Civil Veterinary Dept. Bombay admin report 1932-41 - 1932-1941
Year: 1932
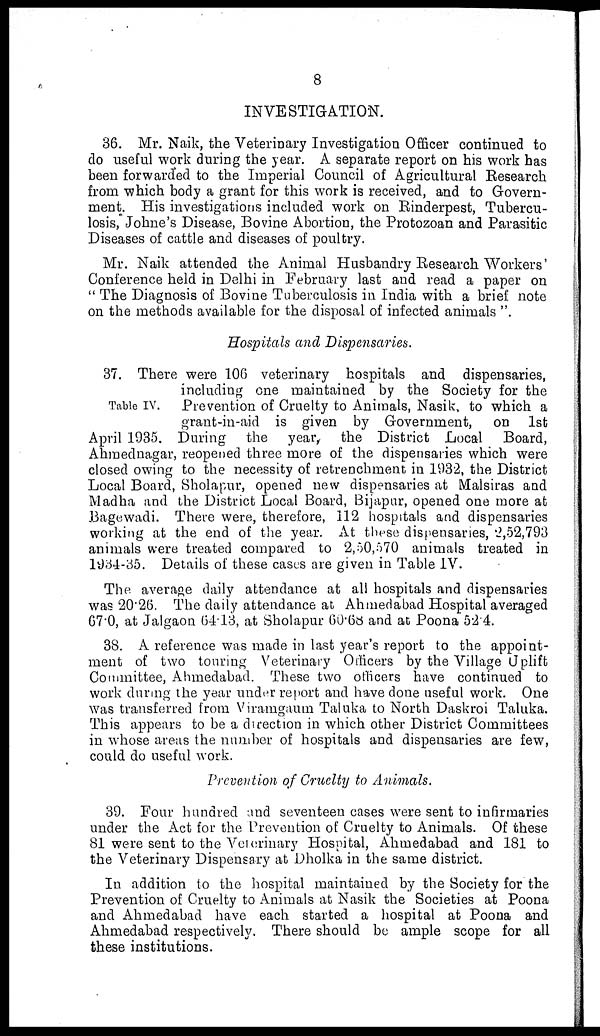
8
INVESTIGATION.
36. Mr. Naik, the Veterinary Investigation Officer continued to
do useful work during the year. A separate report on his work has
been forwarded to the Imperial Council of Agricultural Research
from which body a grant for this work is received, and to Govern-
ment, His investigations included work on Rinderpest, Tubercu-
losis, Johne's Disease, Bovine Abortion, the Protozoan and Parasitic
Diseases of cattle and diseases of poultry.
Mr. Naik attended the Animal Husbandry Research Workers'
Conference held in Delhi in February last and read a paper on
" The Diagnosis of Bovine Tuberculosis in India with a brief note
on the methods available for the disposal of infected animals ".
Hospitals and Dispensaries.
Table IV.
37. There were 106 veterinary hospitals and dispensaries,
including one maintained by the Society for the
Prevention of Cruelty to Animals, Nasik, to which a
grant-in-aid is given by Government, on 1st
April 1935. During the year, the District Local Board,
Ahmednagar, reopened three more of the dispensaries which were
closed owing to the necessity of retrenchment in 1932, the District
Local Board, Sholapur, opened new dispensaries at Malsiras and
Madha and the District Local Board, Bijapur, opened one more at
Bagewadi. There were, therefore, 112 hospitals and dispensaries
working at the end of the year. At these dispensaries, 2,52,793
animals were treated compared to 2,50,570 animals treated in
1934-35. Details of these cases are given in Table IV.
The average daily attendance at all hospitals and dispensaries
was 20.26. The daily attendance at Ahmedabad Hospital averaged
67.0, at Jalgaon 64.13, at Sholapur 60.68 and at Poona 52.4.
38. A reference was made in last year's report to the appoint-
ment of two touring Veterinary Officers by the Village Uplift
Committee, Ahmedabad. These two officers have continued to
work during the year under report and have done useful work. One
was transferred from Viramgaum Taluka to North Daskroi Taluka.
This appears to be a direction in which other District Committees
in whose areas the number of hospitals and dispensaries are few,
could do useful work.
Prevention of Cruelty to Animals.
39. Four hundred and seventeen cases were sent to infirmaries
under the Act for the Prevention of Cruelty to Animals. Of these
81 were sent to the Veterinary Hospital, Ahmedabad and 181 to
the Veterinary Dispensary at Dholka in the same district.
In addition to the hospital maintained by the Society for the
Prevention of Cruelty to Animals at Nasik the Societies at Poona
and Ahmedabad have each started a hospital at Poona and
Ahmedabad respectively. There should be ample scope for all
these institutions.